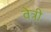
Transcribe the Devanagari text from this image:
वेत्री